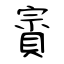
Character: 賨